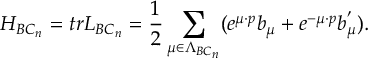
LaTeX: H _ { B C _ { n } } = t r L _ { B C _ { n } } = \frac { 1 } { 2 } \sum _ { \mu \in \Lambda _ { B C _ { n } } } ( e ^ { \mu \cdot p } b _ { \mu } + e ^ { - \mu \cdot p } b _ { \mu } ^ { ^ { \prime } } ) .